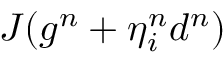
J ( g ^ { n } + \eta _ { i } ^ { n } d ^ { n } )